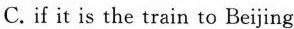
C.if it is the train to Beijing